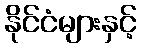
နိုင်ငံများနှင့်